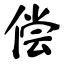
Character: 偿